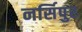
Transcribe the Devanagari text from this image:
नर्सिपुर